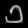
Digit: ၁